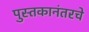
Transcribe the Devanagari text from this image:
पुस्तकानंतरचे